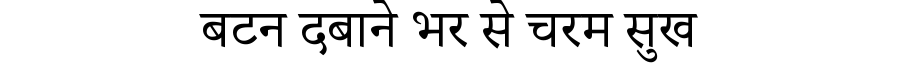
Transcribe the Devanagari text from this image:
बटन दबाने भर से चरम सुख